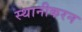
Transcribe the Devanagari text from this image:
स्थानीकरन